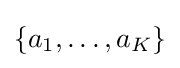
\{a_{1},\ldots ,a_{K}\}